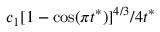
c _ { 1 } [ 1 - \cos ( \pi t ^ { * } ) ] ^ { 4 / 3 } / 4 t ^ { * }